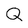
Character: Q